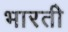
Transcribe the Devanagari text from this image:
भारतीे